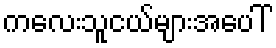
ကလေးသူငယ်များအပေါ်